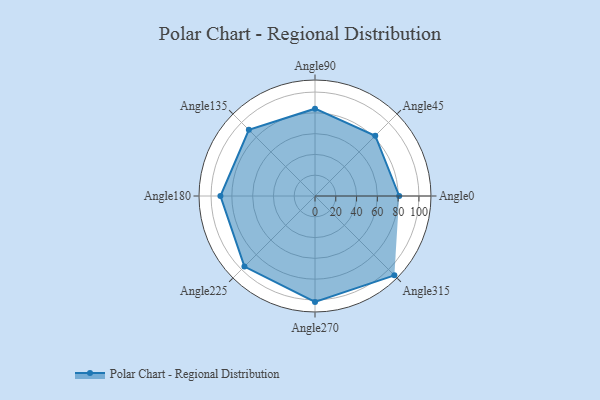
{"axis": {"x": "Angle", "y": "Radius"}, "legend": [""], "data": [{"x": "Angle0", "y": 81.0, "type": ""}, {"x": "Angle45", "y": 82.0, "type": ""}, {"x": "Angle90", "y": 84.0, "type": ""}, {"x": "Angle135", "y": 90.0, "type": ""}, {"x": "Angle180", "y": 91.0, "type": ""}, {"x": "Angle225", "y": 96.0, "type": ""}, {"x": "Angle270", "y": 102.0, "type": ""}, {"x": "Angle315", "y": 108.0, "type": ""}]}